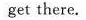
get there.